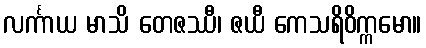
လင်္ကာယ မာသိ တေဇဿီ၊ ဇယီ ကေသရိဝိက္ကမော။